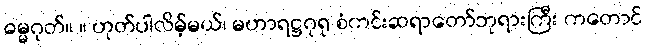
ဓမ္မဂုတ်။ ။ ဟုတ်ပါလိမ့်မယ်၊ မဟာရဋ္ဌဂုရု စံကင်းဆရာတော်ဘုရားကြီး ကတောင်